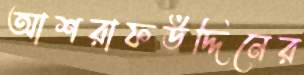
আশরাফউদ্দিনের